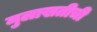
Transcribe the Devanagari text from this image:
मुलाखतीची